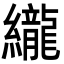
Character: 䌬